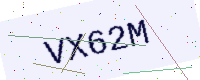
Text: VX62M